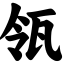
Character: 瓴